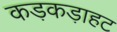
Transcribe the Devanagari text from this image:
कड़कड़ाहट